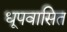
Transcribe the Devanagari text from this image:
धूपवासित